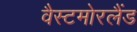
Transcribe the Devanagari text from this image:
वैस्टमोरलैंड